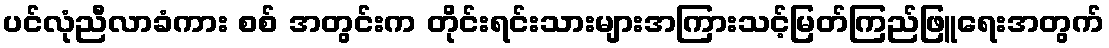
ပင်လုံညီလာခံကား စစ် အတွင်းက တိုင်းရင်းသားများအကြားသင့်မြတ်ကြည်ဖြူရေးအတွက်